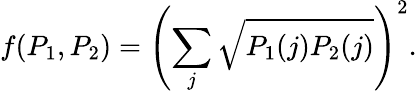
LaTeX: f(P_{1},P_{2})=\left(\sum_{j}\sqrt{P_{1}(j)P_{2}(j)}\right)^{2}.